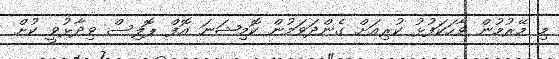
މި މޭރުމުން ވާހަކަފުޅު ކުރިއަށް ގެންދަވަމުން ކޮމިޝަނަ އޮފް ޕޮލިސް ވިދާޅުވީ ކުށް